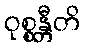
ဝုစ္စန္တီတိ